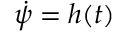
\dot { \psi } = h ( t )